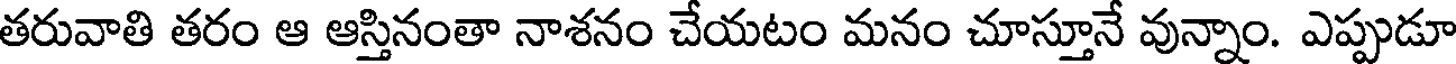
తరువాతి తరం ఆ ఆస్తినంతా నాశనం చేయటం మనం చూస్తూనే వున్నాం. ఎప్పుడూ